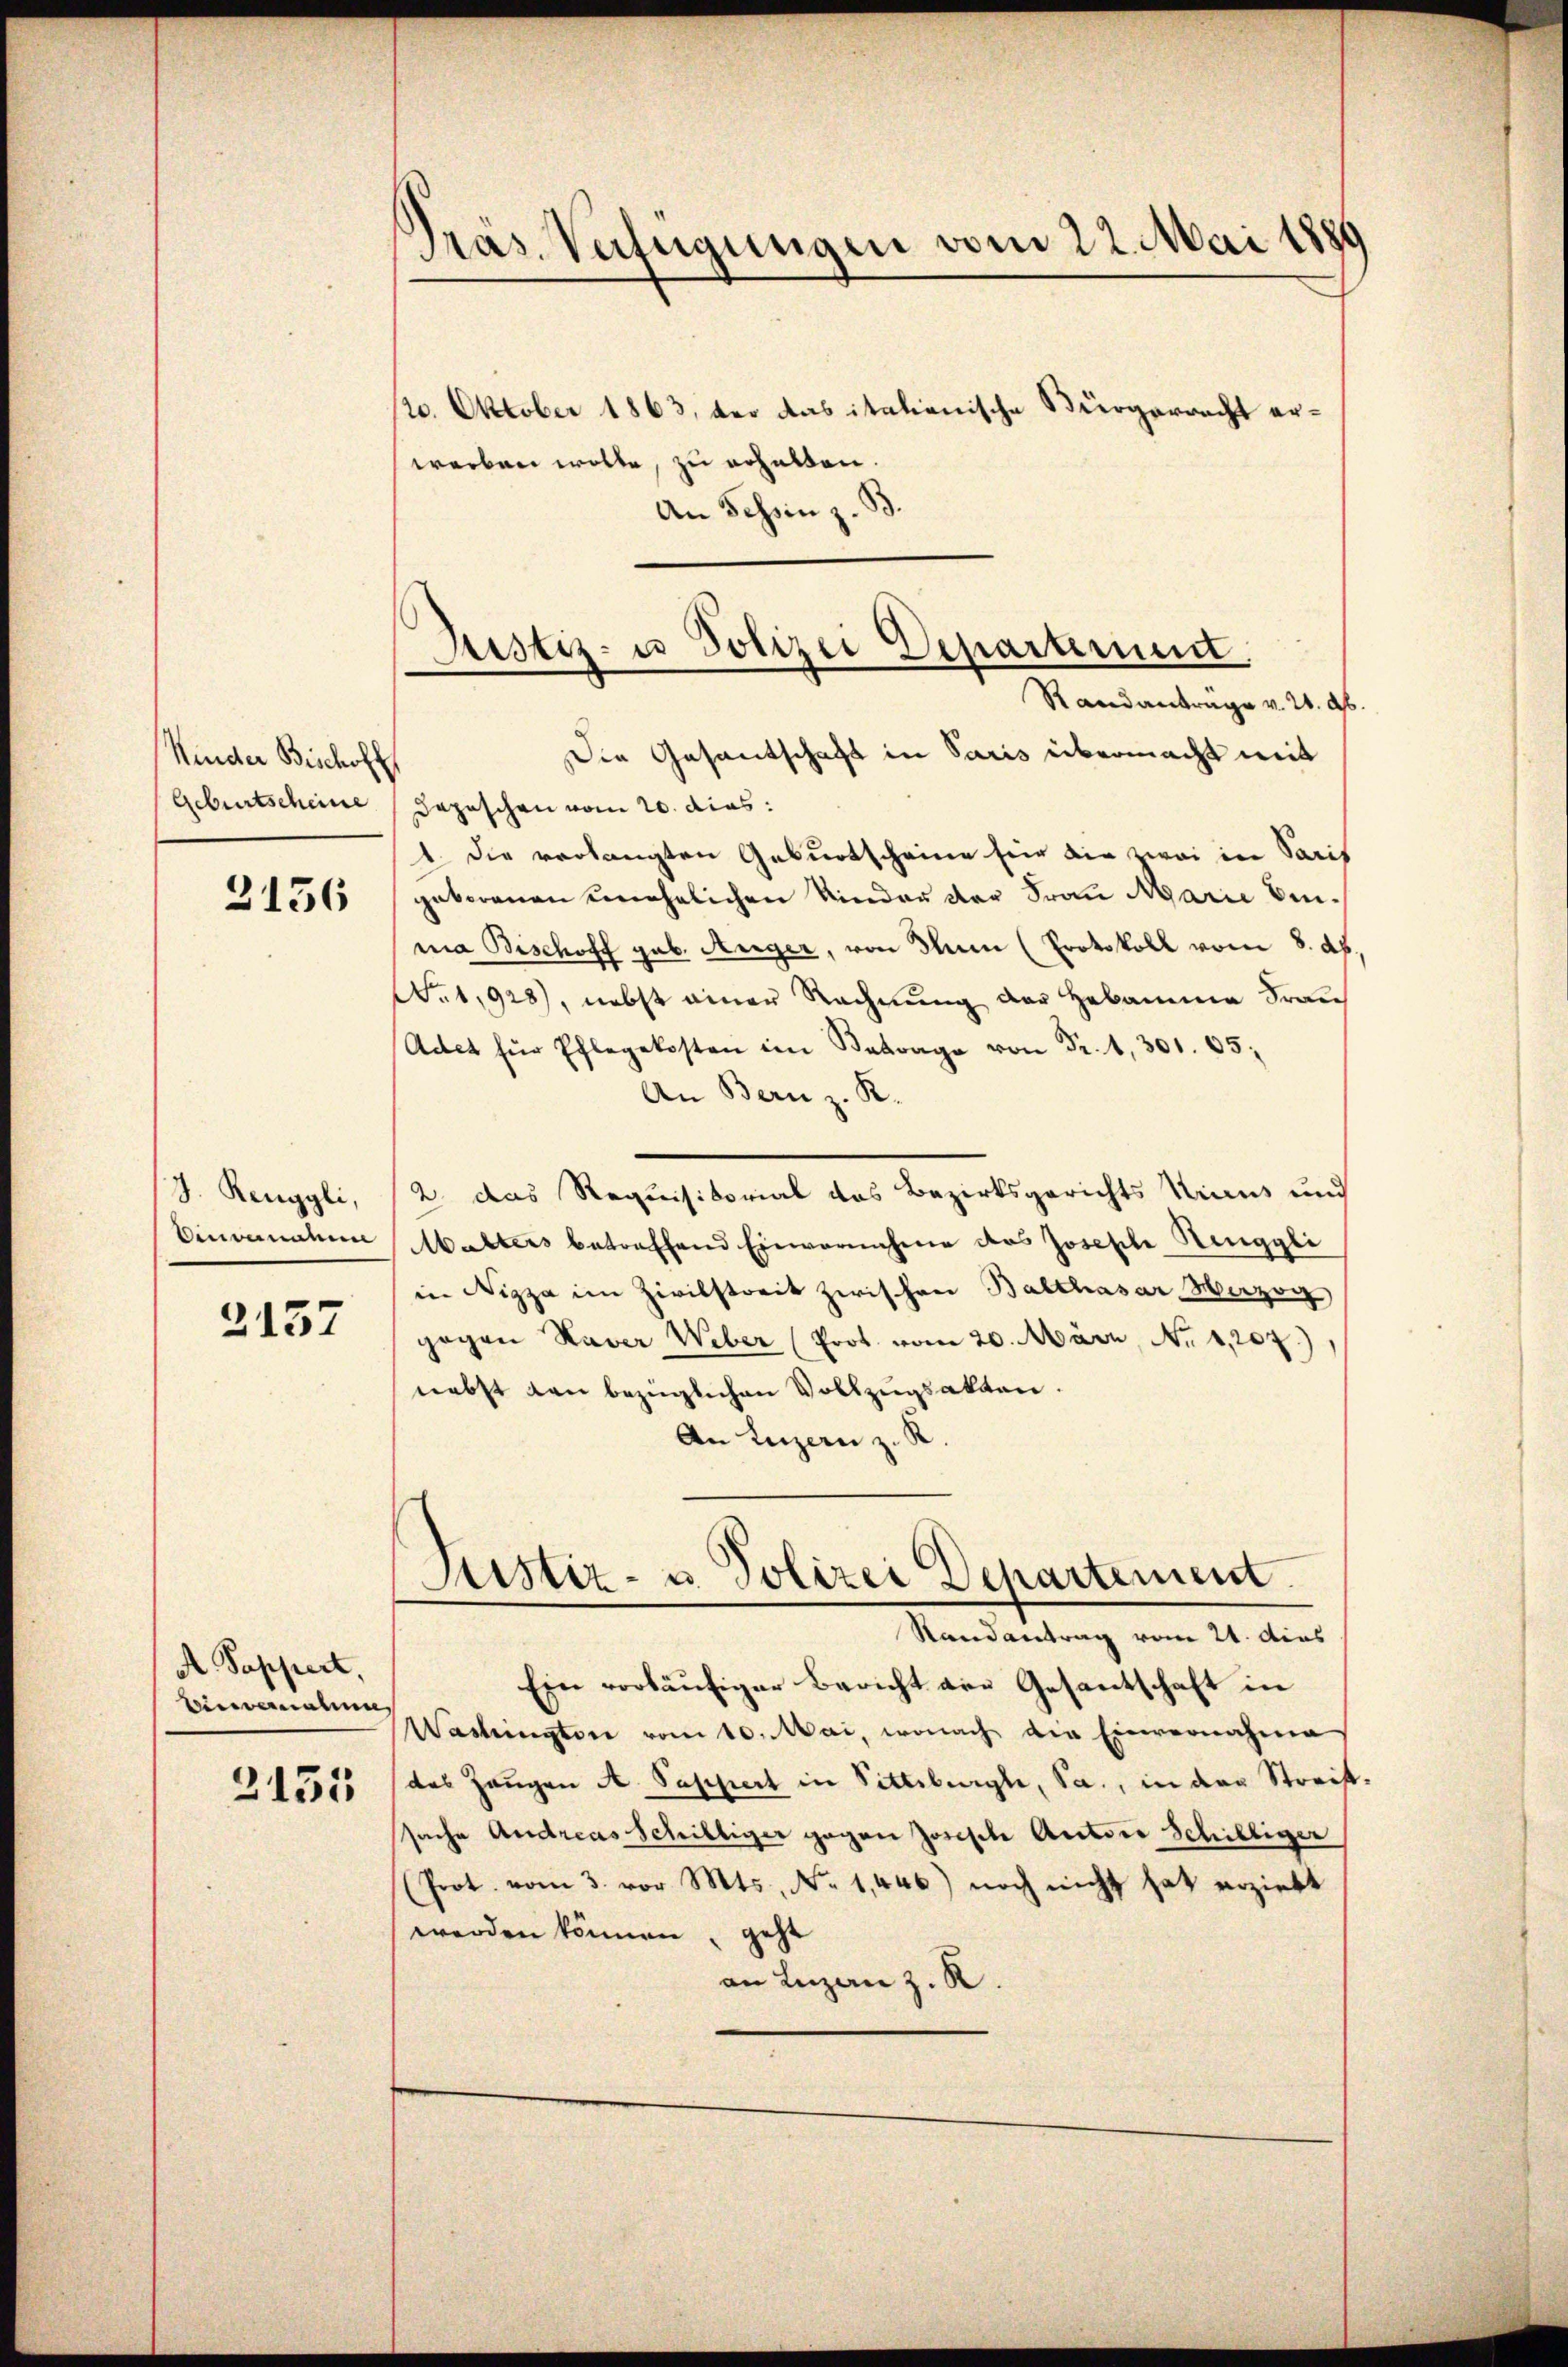
Kinder Beschoff
Geburtscheine

2136

J. Renggli,
Einvernahme

2157

A Sappert,
Einvernahme

255

Präs. Verfügungen vom 22. Mai 188

Justiz- u Polizei Departement.
Ra
antrage v. 2. ab

20. Oktober 1863, der das italienische Bürgerrecht erworben wolle, zu erhalten.
An Schin z. B.
Die Gesantschaft in Paris übermacht mit
Dazischen vom 20. dies:
1. Die verlangten Geburtscheine für die zwei in Paris
geborenen unehelichen Kinder der Frau Marie binma Bischoff gab. Anger, von den (Protokoll vom 8. ds.
No 1,928), nebst einer Rechnung der Hebamme Fran¬
Adet für Pflegekosten im Betrage von Fr. 1, 301. 65:
An Bern z. R.
2 das Requisitorial das Bezirksgerichts Kraus und
Malters betreffend Einvernahme das Joseph Ringgli
in Nizza im Zivilstreit zwischen Balthasar Herzog
gogen Haver Weber (Prot. vom 20. März, No 1,207)
nebst den bezüglichen Vollzugsakten.
An Luzern z. R.
Justiz- u. Polizei Departement.
Randantrag vom 21. dies
Ein vorläufiger Bericht von Gesantschaft in
Washington vom 10. Mai, wonach die Einvernahme
das Zeugen A. Sappert in Sittebrige, Sa., in der Streif
sache Andreas Schilliger gegen Josische Autore Schilliger
Prot. vom 3. vor Mts. No. 1,446) noch nicht hat erzieht
werden können, geht
an Luzanz. R.